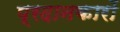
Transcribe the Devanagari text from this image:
प्रदानकारों